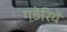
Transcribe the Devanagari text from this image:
गड़ेरियें